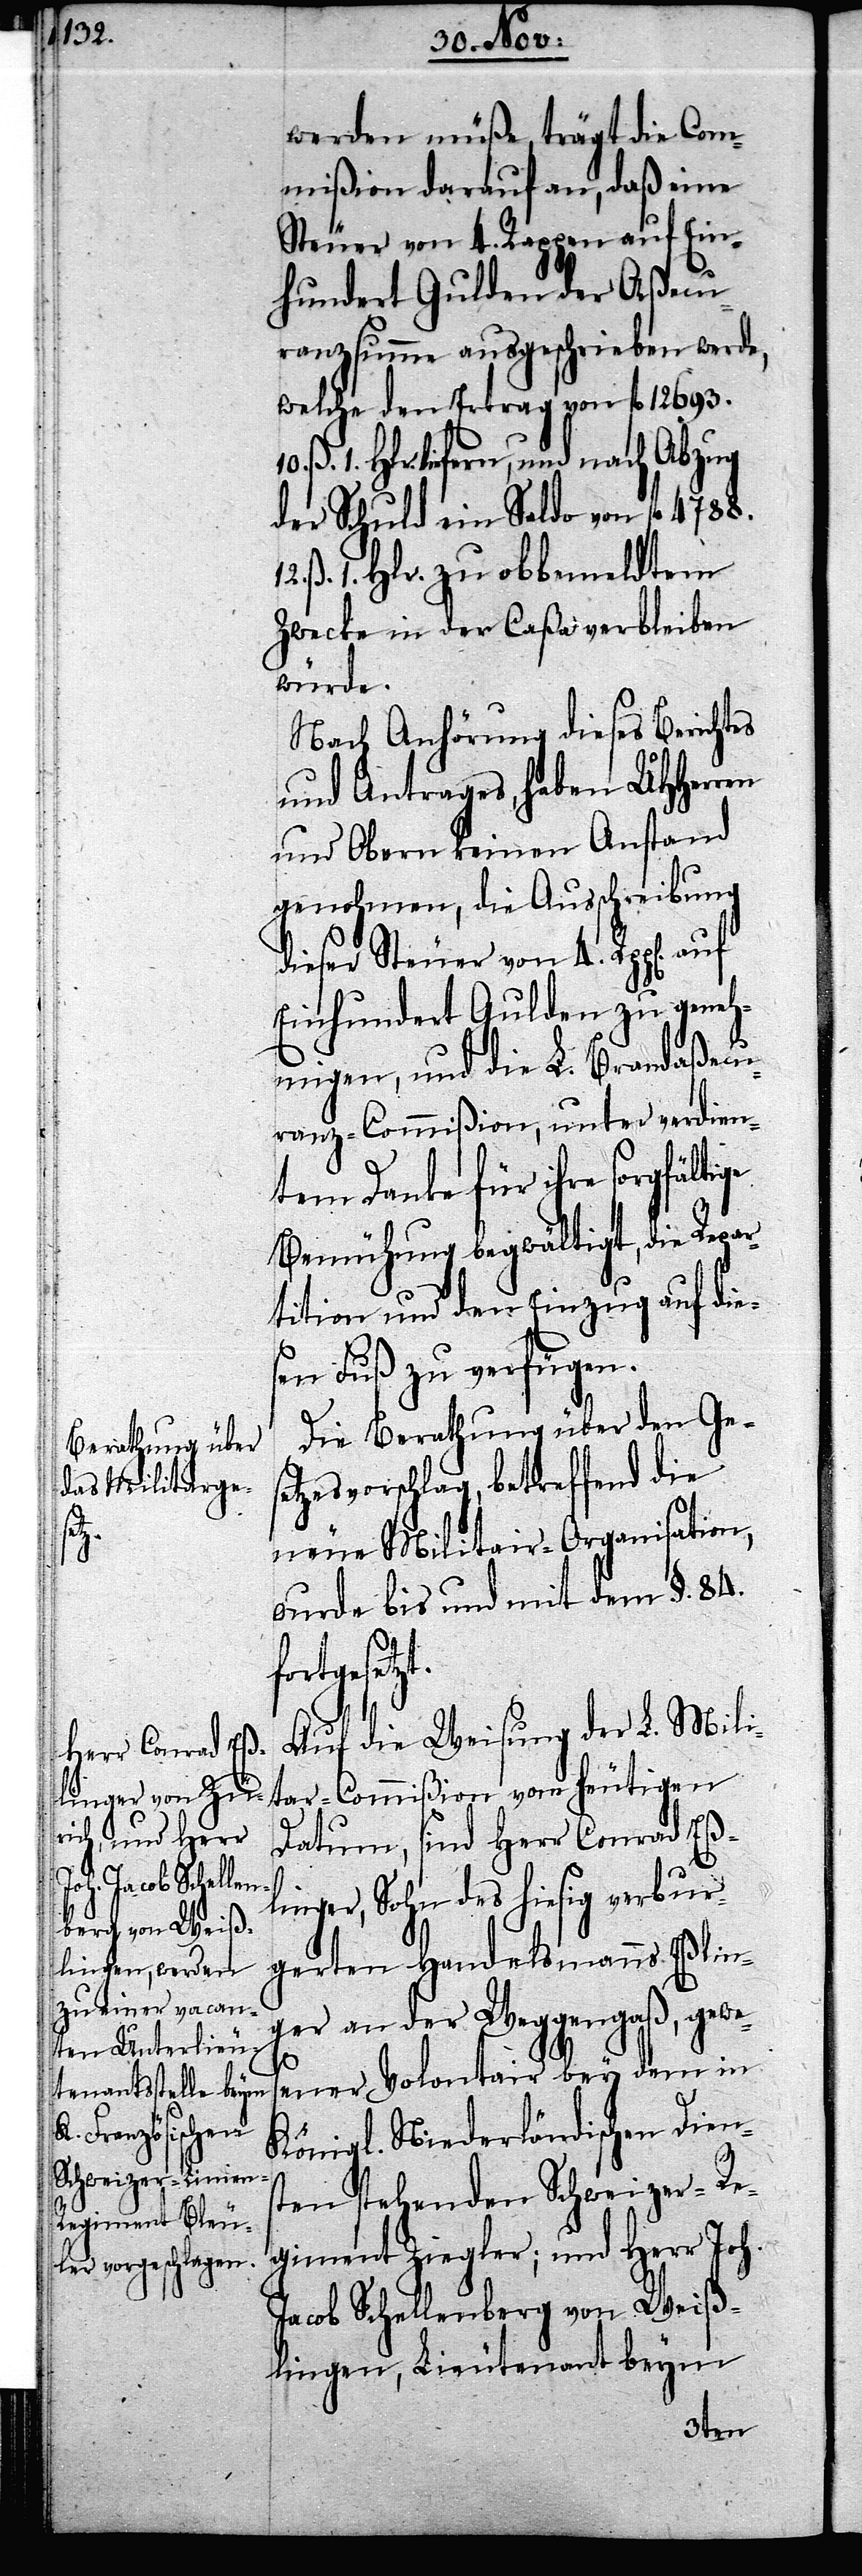
werden müße, trägt die Com¬
mißion darauf an, daß eine
Steuer von 4. Rappen auf Ein¬
hundert Gulden der Aßecu¬
ranzsumme ausgeschrieben werde,
welche den Ertrag von fl. 12693.
ß. 1. Hlr. zu obbemeldtem
Zwecke in der Caßa verbleiben
würde.
Nach Anhörung dieses Berichtes
und Antrages, haben UHHerren
und Obern keinen Anstand
genohmen, die Ausschreibung
dieser Steuer von 4. Rpp[en].
Einhundert Gulden zu geneh¬
migen, und die L. Brandaßecu¬
ranz-Commißion, unter verdien¬
tem Danke für ihre sorgfältige
Bemühung begwältigt, die Repar¬
tition und den Einzug auf die¬
sen Fuß zu verfügen.
Die Berathung über den Ges¬
etzesvorschlag, betreffend die
neue Militar-Organisation,
wurde bis und mit dem §. 84.
fortgesetzt.
Auf die Weisung der L. Mili¬
tar-Commißion vom heutigen
Datum, sind Herr Conrad Eßl¬
inger, Sohn des hiesig verbur¬
gerten Handelsmanns Eßlin¬
ger an der Weggengaß, gewes¬
10.
ener Volontair bey dem in
Königl. Niederländischen Diens¬
ten stehenden Schweizer-Re¬
giment Ziegler; und Herr Joh.
Jacob Schellenberg von Weiß¬
lingen, Lieutenant beym